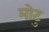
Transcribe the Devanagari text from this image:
मोटु